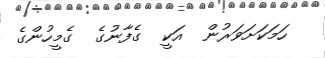
ހަމަކަށަވަރުން  އަކީ  ގެފާނުގެ  ގެމީހުންގެ